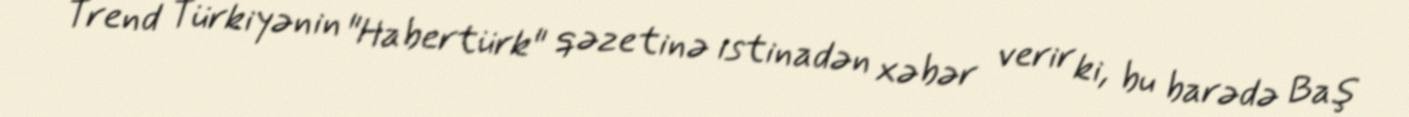
Trend Türkiyənin "Habertürk" qəzetinə istinadən xəbər verir ki, bu barədə Baş